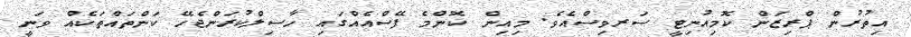
އިތުރުން ޕްރިޒަން ކޮމިއުނިޓީ ސަރވިސްއެވެ. މިއިން ކޮންމެ ފޭސްއެއްގައި ހާސިލްކުރަންޖެހޭ ކަންތައްތަކެއް ވަނީ